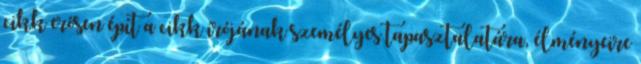
cikk erősen épít a cikk írójának személyes tapasztalatára, élményeire